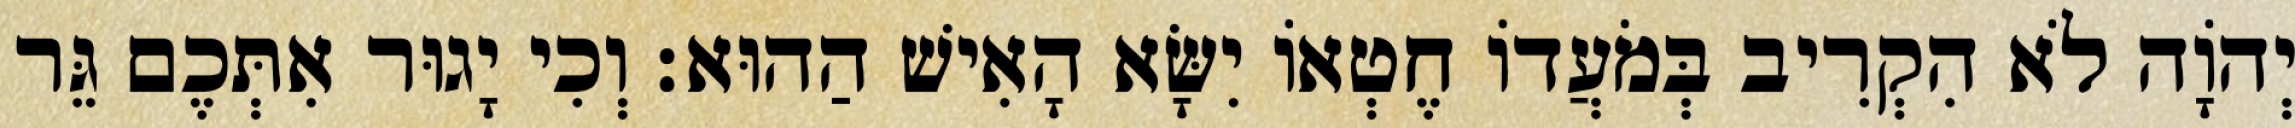
יְהֹוָה לֹא הִקְרִיב בְּמֹעֲדוֹ חֶטְאוֹ יִשָּׂא הָאִישׁ הַהוּא׃ וְכִי יָגוּר אִתְּכֶם גֵּר